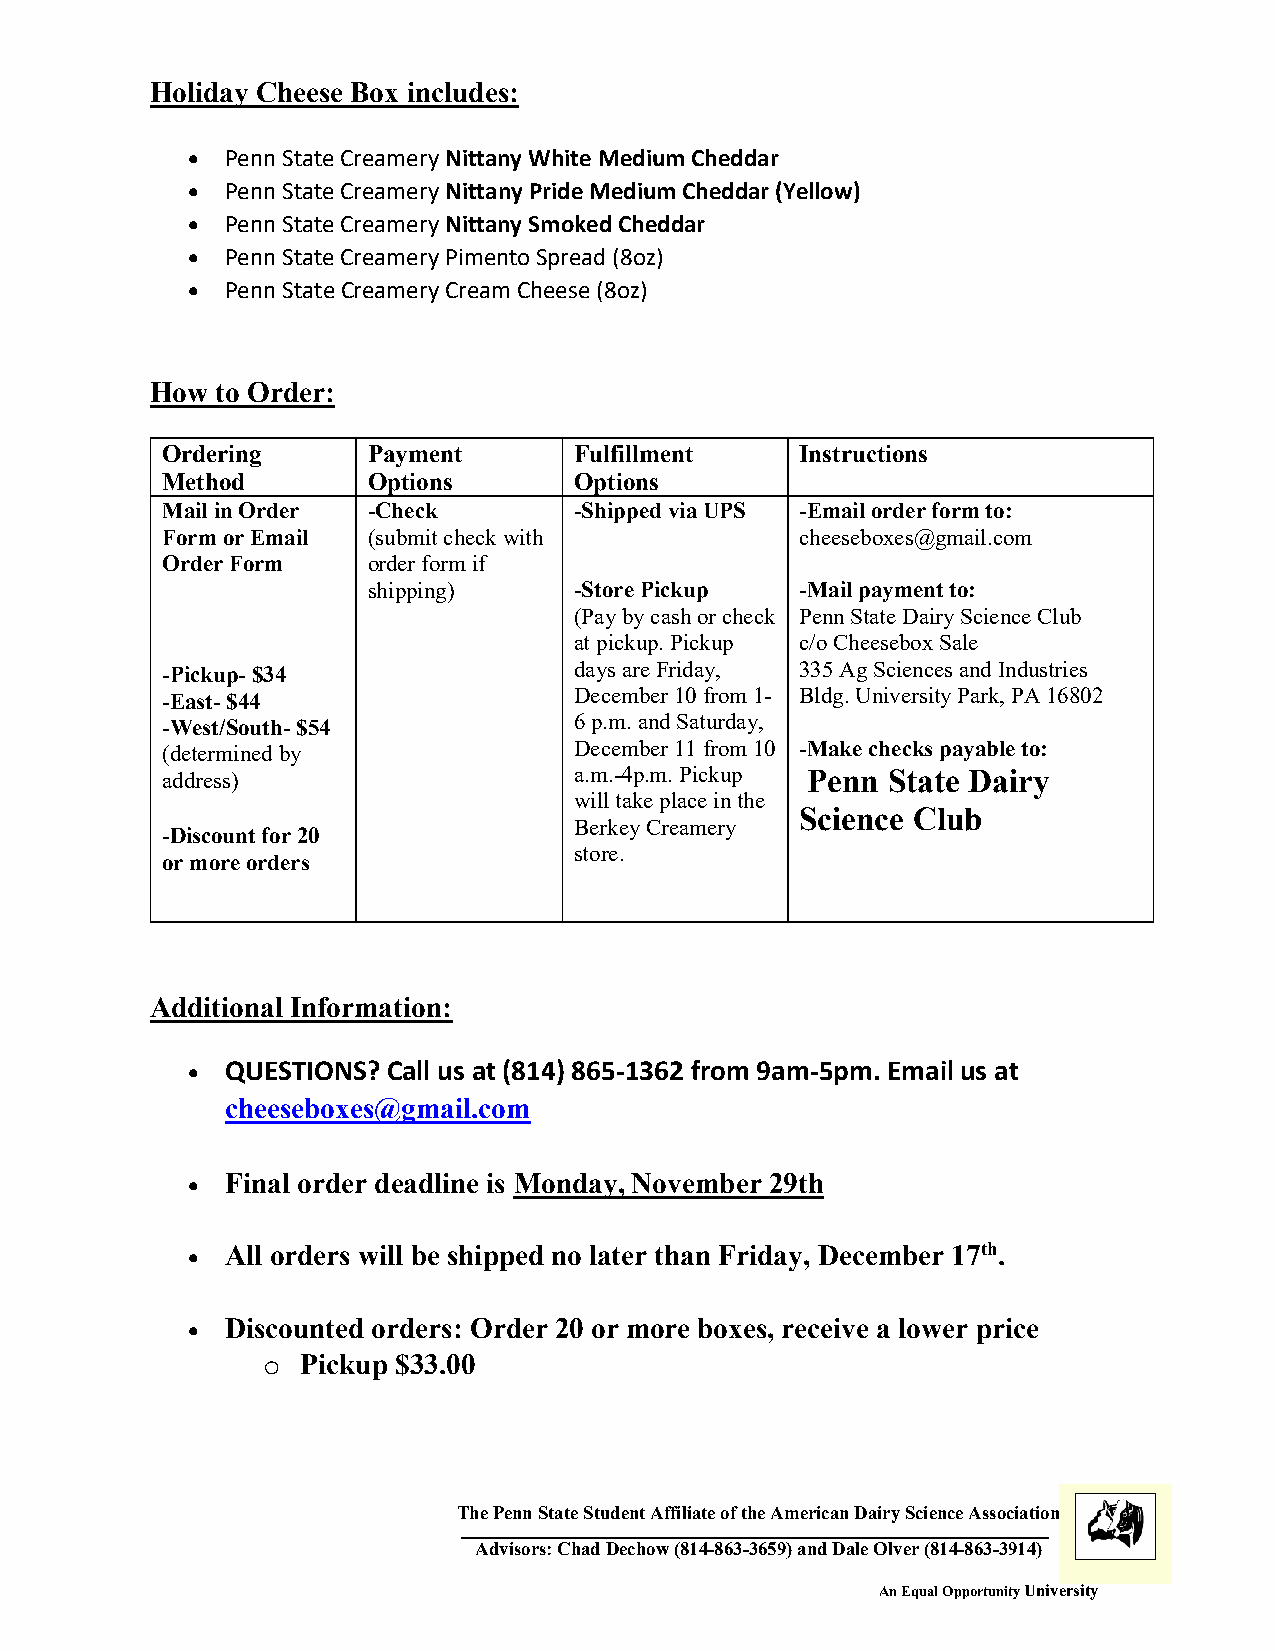
Holiday Cheese Box includes:
 •  Penn State Creamery Nittany White Medium Cheddar
 •  Penn State Creamery Nittany Pride Medium Cheddar (Yellow)
 •  Penn State Creamery Nittany Smoked Cheddar
 •  Penn State Creamery Pimento Spread (8oz)
 •  Penn State Creamery Cream Cheese (8oz)
 How to Order:
 Ordering     Payment       Fulfillment    Instructions
 Method       Options       Options
 Mail in Order -Check       -Shipped via UPS -Email order form to:
 Form or Email (submit check with          cheeseboxes@gmail.com
 Order Form   order form if
 shipping)     -Store Pickup  -Mail payment to:
 (Pay by cash or check Penn State Dairy Science Club
 at pickup. Pickup c/o Cheesebox Sale
 -Pickup- $34               days are Friday, 335 Ag Sciences and Industries
 -East- $44                 December 10 from 1- Bldg. University Park, PA 16802
 -West/South- $54           6 p.m. and Saturday,
 (determined by             December 11 from 10 -Make checks payable to:
 address)                   a.m.-4p.m. Pickup Penn State Dairy
 will take place in the
 Science Club
 Berkey Creamery
 -Discount for 20
 store.
 or more orders
 Additional Information:
 •  QUESTIONS? Call us at (814) 865-1362 from 9am-5pm. Email us at
 cheeseboxes@gmail.com
 •  Final order deadline is Monday, November 29th
 •  All orders will be shipped no later than Friday, December 17th.
 •  Discounted orders: Order 20 or more boxes, receive a lower price
 o  Pickup $33.00
 The Penn State Student Affiliate of the American Dairy Science Association
 Adviso rs: Chad Dechow ( 814-863-3 659) and Dale Olver (814-863-3914)
 An Equal Opportunity University